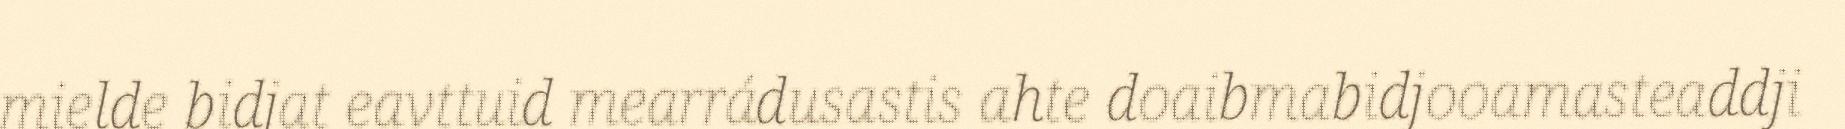
mielde bidjat eavttuid mearrádusastis ahte doaibmabidjooamasteaddji